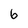
Character: 6